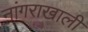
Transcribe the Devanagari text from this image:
नांगराखाली